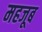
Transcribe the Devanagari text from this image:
महजूब